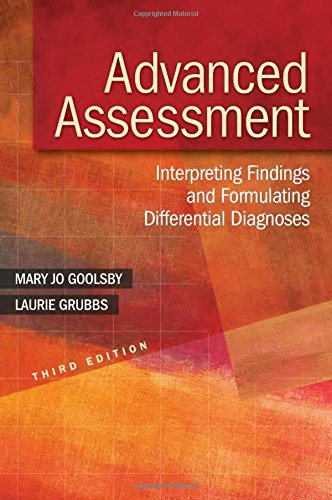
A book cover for Advanced Assessment: Interpreting Findings and Formulating Differential Diagnoses; Goolsby; Medical Books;